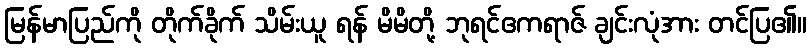
မြန်မာပြည်ကို တိုက်ခိုက် သိမ်းယူ ရန် မိမိတို့ ဘုရင်ဧကရာဇ် ချင်းလုံအား တင်ပြ၏။